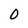
Character: 0